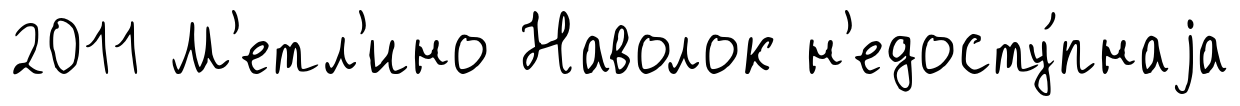
2011 М'етл'ино Наволок н'едосту́пнаjа